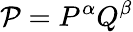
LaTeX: \mathcal{P}=P^{\alpha}Q^{\beta}